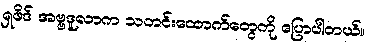
ရှဖိဒ် အဗ္ဗဒူလာက သတင်းထောက်တွေကို ပြောပါတယ်။